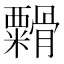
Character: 𬗁